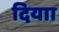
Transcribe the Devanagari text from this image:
दियाा